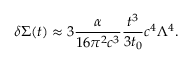
\delta \Sigma ( t ) \approx { 3 } \frac { \alpha } { { 1 6 } \pi ^ { 2 } c ^ { 3 } } \frac { t ^ { 3 } } { 3 t _ { 0 } } c ^ { 4 } \Lambda ^ { 4 } .